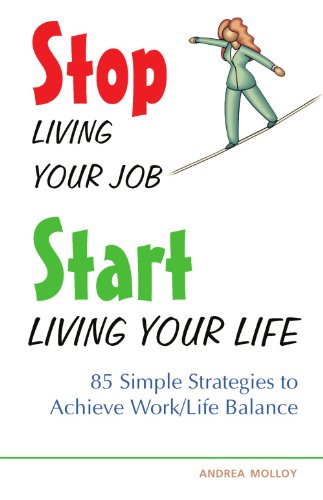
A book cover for Stop Living Your Job, Start Living Your Life: 85 Simple Strategies to Achieve Work/Life Balance; Andrea Molloy; Business & Money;